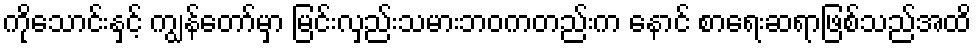
ကိုသောင်းနှင့် ကျွန်တော်မှာ မြင်းလှည်းသမားဘဝကတည်းက နောင် စာရေးဆရာဖြစ်သည်အထိ